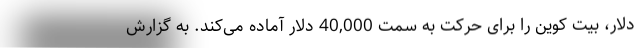
دلار، بیت کوین را برای حرکت به سمت 40,000 دلار آماده می‌کند. به گزارش